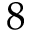
8